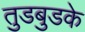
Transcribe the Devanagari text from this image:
तुडबुडके